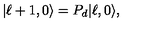
| \ell + 1 , 0 \rangle = P _ { d } | \ell , 0 \rangle ,